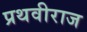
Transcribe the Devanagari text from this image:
प्रथवीराज